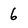
Character: 6